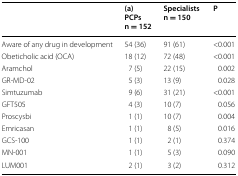
<table><thead><tr><td></td><td><b>(a)PCPsn = 152</b></td><td><b>Specialistsn = 150</b></td><td><b>P</b></td></tr></thead><tbody><tr><td>Aware of any drug in development</td><td>54 (36)</td><td>91 (61)</td><td>&lt;0.001</td></tr><tr><td>Obeticholic acid (OCA)</td><td>18 (12)</td><td>72 (48)</td><td>&lt;0.001</td></tr><tr><td>Aramchol</td><td>7 (5)</td><td>22 (15)</td><td>0.002</td></tr><tr><td>GR-MD-02</td><td>5 (3)</td><td>13 (9)</td><td>0.028</td></tr><tr><td>Simtuzumab</td><td>9 (6)</td><td>31 (21)</td><td>&lt;0.001</td></tr><tr><td>GFT505</td><td>4 (3)</td><td>10 (7)</td><td>0.056</td></tr><tr><td>Proscysbi</td><td>1 (1)</td><td>10 (7)</td><td>0.004</td></tr><tr><td>Emricasan</td><td>1 (1)</td><td>8 (5)</td><td>0.016</td></tr><tr><td>GCS-100</td><td>1 (1)</td><td>2 (1)</td><td>0.374</td></tr><tr><td>MN-001</td><td>1 (1)</td><td>5 (3)</td><td>0.090</td></tr><tr><td>LUM001</td><td>2 (1)</td><td>3 (2)</td><td>0.312</td></tr></tbody></table>